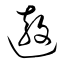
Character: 遨